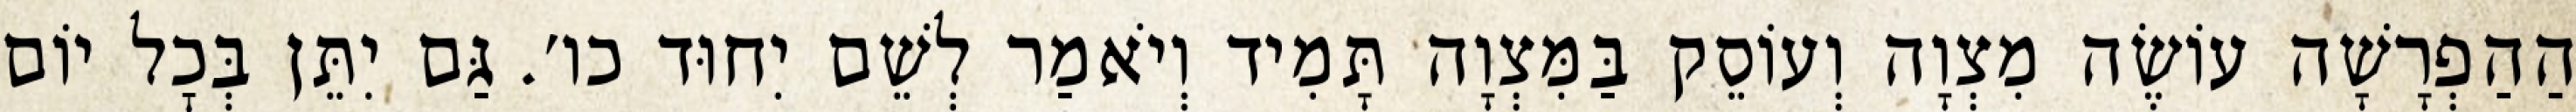
הַהַפְרָשָׁה עוֹשֶׂה מִצְוָה וְעוֹסֵק בַּמִּצְוָה תָּמִיד וְיֹאמַר לְשֵׁם יִחוּד כו׳. גַּם יִתֵּן בְּכׇל יוֹם